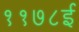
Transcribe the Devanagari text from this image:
११७८ई